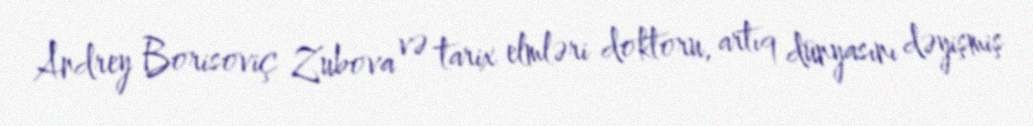
Andrey Borisoviç Zubova və tarix elmləri doktoru, artıq dünyasını dəyişmiş